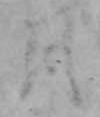
月